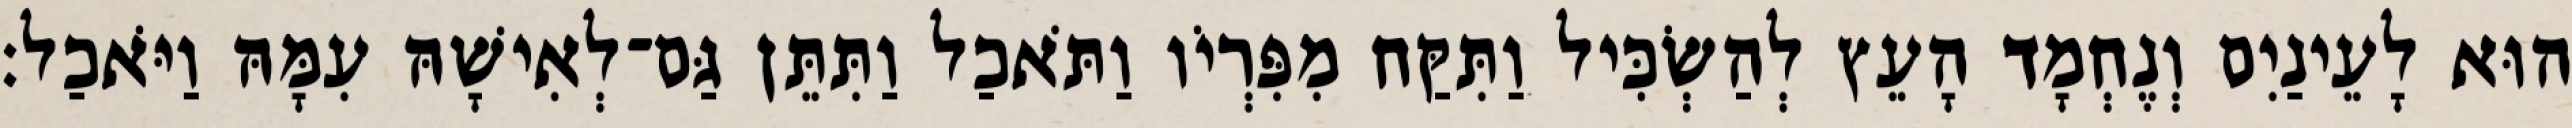
הוּא לָעֵינַיִם וְנֶחְמָד הָעֵץ לְהַשְׂכִּיל וַתִּקַּח מִפִּרְיֹו וַתֹּאכַל וַתִּתֵּן גַּם־לְאִישָׁהּ עִמָּהּ וַיֹּאכַל׃